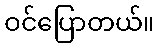
ဝင်ပြောတယ်။